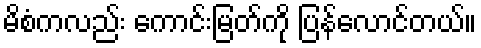
မိစံကလည်း ကောင်းမြတ်ကို ပြန်လောင်တယ်။